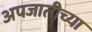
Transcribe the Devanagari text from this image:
अपजातीच्या